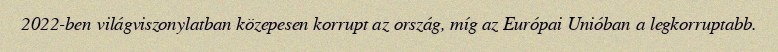
2022-ben világviszonylatban közepesen korrupt az ország, míg az Európai Unióban a legkorruptabb.